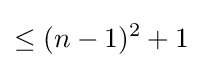
\leq (n-1)^{2}+1